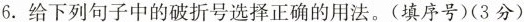
6. 给下列句子中的破折号选择正确的用法。(填序号)(3分)